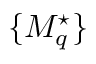
\{ M _ { q } ^ { \star } \}